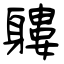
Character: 軁